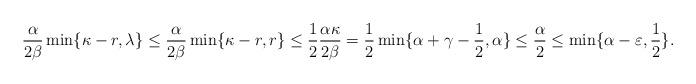
LaTeX: \begin{align*}\frac{\alpha}{2\beta}\min\{\kappa-r, \lambda\} \leq \frac{\alpha}{2\beta}\min\{\kappa-r, r\} \leq \frac{1}{2} \frac{\alpha\kappa}{2\beta} = \frac{1}{2} \min\{\alpha+\gamma-\frac{1}{2}, \alpha \} \leq \frac{\alpha}{2} \leq \min\{\alpha-\varepsilon,\frac{1}{2}\}.\end{align*}